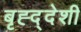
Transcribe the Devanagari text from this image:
बृह्द्देशी